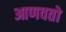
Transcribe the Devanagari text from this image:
आणवतो